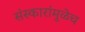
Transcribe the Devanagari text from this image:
संस्कारांमुळेच